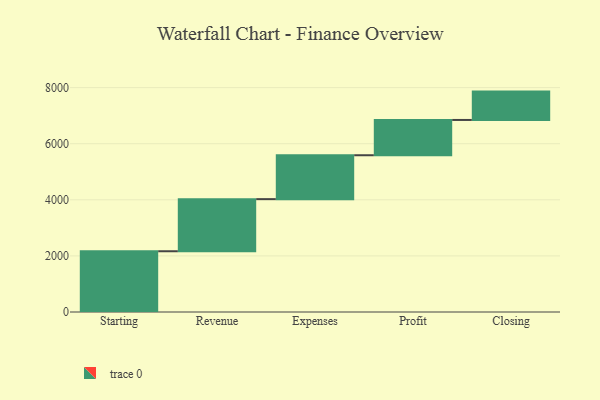
{"axis": {"x": "Step", "y": "Value"}, "legend": [""], "data": [{"x": "Starting", "y": 2166.0, "type": ""}, {"x": "Revenue", "y": 1858.0, "type": ""}, {"x": "Expenses", "y": 1565.0, "type": ""}, {"x": "Profit", "y": 1258.0, "type": ""}, {"x": "Closing", "y": 1011.0, "type": ""}]}